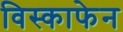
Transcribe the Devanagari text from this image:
विस्काफेन